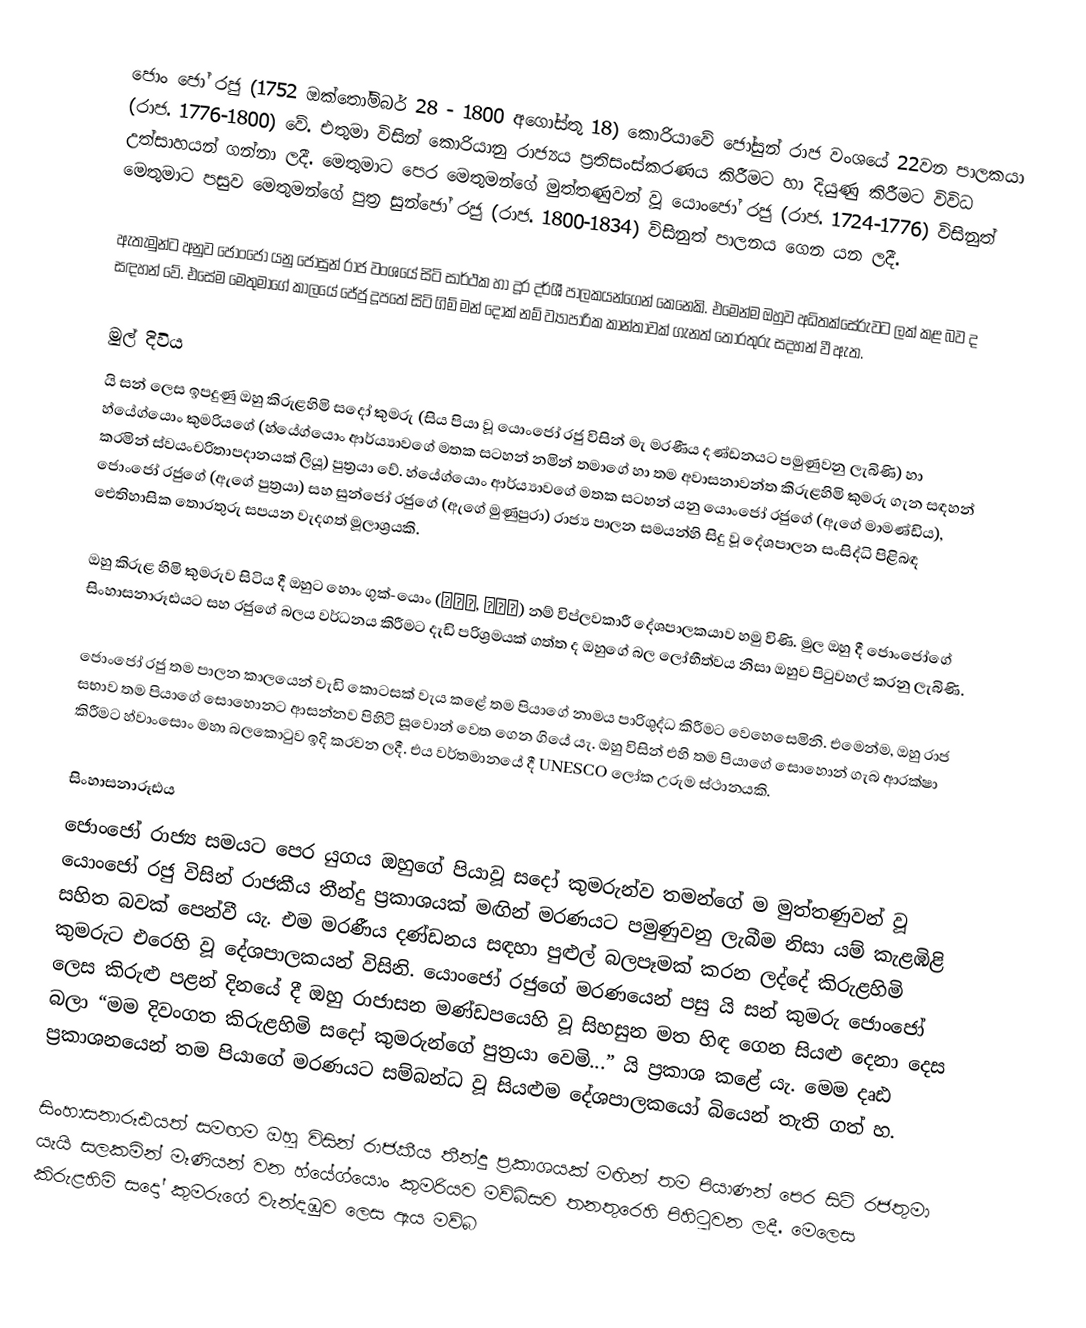
ජොං ජෝ රජු (1752 ඔක්තෝම්බර් 28 - 1800 අගෝස්තු 18) කොරියාවේ ජෝසුන් රාජ වංශයේ 22වන පාලකයා (රාජ. 1776-1800) වේ. එතුමා විසින් කොරියානු රාජ්‍යය ප්‍රතිසංස්කරණය කිරීමට හා දියුණු කිරීමට විවිධ උත්සාහයන් ගන්නා ලදී. මෙතුමාට පෙර මෙතුමන්ගේ  මුත්තණුවන් වූ යොංජෝ රජු (රාජ. 1724-1776) විසිනුත් මෙතුමාට පසුව මෙතුමන්ගේ පුත්‍ර සුන්ජෝ රජු (රාජ. 1800-1834) විසිනුත් පාලනය ගෙන යන ලදී.

ඇතැමුන්ට අනුව ජොංජෝ යනු ජෝසුන් රාජ වංශයේ සිටි සාර්ථක හා දූර දර්ශී පාලකයන්ගෙන් කෙනෙකි. එමෙන්ම ඔහුව අධිතක්සේරුවට ලක් කළ බව ද සඳහන් වේ. එසේම මෙතුමාගේ කාලයේ ජේජු දූපතේ සිටි ගිම් මන් දොක් නම් ව්‍යාපාරික කාන්තාවක් ගැනත් තොරතුරු සදහන් වී ඇත.

මුල් දිවිය
යි සන් ලෙස ඉපදුණු ඔහු කිරුළහිමි සදෝ කුමරු (සිය පියා වූ යොංජෝ රජු විසින් මැ මරණීය දණ්ඩනයට පමුණුවනු ලැබිණි) හා හ්යේග්යොං කුමරියගේ (හ්යේග්යොං ආර්ය්‍යාවගේ මතක සටහන් නමින් තමාගේ හා තම අවාසනාවන්ත කිරුළහිමි කුමරු ගැන සඳහන් කරමින් ස්වයංචරිතාපදානයක් ලියූ) පුත්‍රයා වේ. හ්යේග්යොං ආර්ය්‍යාවගේ මතක සටහන් යනු යොංජෝ රජුගේ (ඇගේ මාමණ්ඩිය), ජොංජෝ රජුගේ (ඇගේ පුත්‍රයා) සහ සුන්ජෝ රජුගේ (ඇගේ මුණුපුරා) රාජ්‍ය පාලන සමයන්හි සිදු වූ දේශපාලන සංසිද්ධි පිළිබඳ ඓතිහාසික තොරතුරු සපයන වැදගත් මූලාශ්‍රයකි.

ඔහු කිරුළ හිමි කුමරුව සිටිය දී ඔහුට හොං ගුක්-යොං (홍국영, 洪國榮) නම් විප්ලවකාරී දේශපාලකයාව හමු විණි. මුල ඔහු දී ජොංජෝගේ සිංහාසනාරූඪයට සහ රජුගේ බලය වර්ධනය කිරීමට දැඩි පරිශ්‍රමයක් ගත්ත ද ඔහුගේ බල ලෝභීත්වය නිසා ඔහුව පිටුවහල් කරනු ලැබිණි.

ජොංජෝ රජු තම පාලන කාලයෙන් වැඩි කොටසක් වැය කළේ තම පියාගේ නාමය පාරිශුද්ධ කිරීමට වෙහෙසෙමිනි. එමෙන්ම, ඔහු රාජ සභාව තම පියාගේ සොහොනට ආසන්නව පිහිටි සූවොන් වෙත ගෙන ගියේ යැ. ඔහු විසින් එහි තම පියාගේ සොහොන් ගැබ ආරක්ෂා කිරීමට  හ්වාංසොං මහා බලකොටුව ඉදි කරවන ලදී. එය වර්තමානයේ දී UNESCO ලෝක උරුම ස්ථානයකි.

සිංහාසනාරූඪය
ජොංජෝ රාජ්‍ය සමයට පෙර යුගය ඔහුගේ පියාවූ සදෝ කුමරුන්ව තමන්ගේ ම මුත්තණුවන් වූ යොංජෝ රජු විසින් රාජකීය තීන්දු ප්‍රකාශයක් මඟින් මරණයට පමුණුවනු ලැබීම නිසා යම් කැළඹිළි සහිත බවක් පෙන්වී යැ. එම මරණීය දණ්ඩනය සඳහා පුළුල් බලපෑමක් කරන ලද්දේ කිරුළහිමි කුමරුට එරෙහි වූ දේශපාලකයන් විසිනි. යොංජෝ රජුගේ මරණයෙන් පසු යි සන් කුමරු ජොංජෝ ලෙස කිරුළු පළන් දිනයේ දී ඔහු රාජාසන මණ්ඩපයෙහි වූ සිහසුන මත හිඳ ගෙන සියළු දෙනා දෙස බලා “මම දිවංගත කිරුළහිමි සදෝ කුමරුන්ගේ පුත්‍රයා වෙමි...” යි ප්‍රකාශ කළේ යැ. මෙම දෘඪ ප්‍රකාශනයෙන් තම පියාගේ මරණයට සම්බන්ධ වූ සියළුම දේශපාලකයෝ බියෙන් තැති ගත් හ.

සිංහාසනාරූඪයත් සමඟම ඔහු විසින් රාජකීය තීන්දු ප්‍රකාශයක් මඟින් තම පියාණන් පෙර සිටි රජතුමා යැයි සලකමින් මෑණියන් වන හ්යේග්යොං කුමරියව මව්බිසව තනතුරෙහි පිහිටුවන ලදී. මෙලෙස  කිරුළහිමි සදෝ කුමරුගේ වැන්දඹුව ලෙස ඇය මව්බ